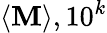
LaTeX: \langle\mathbf{M}\rangle,10^{k}